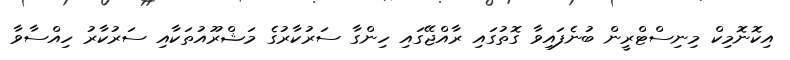
އިކޮނޮމިކް މިނިސްޓްރީން ބުނެފައިވާ ގޮތުގައި ރާއްޖޭގައި ހިންގާ ސަރުކާރުގެ މަޝްރޫއުތަކާއި ސަރުކާރު ހިއްސާވާ